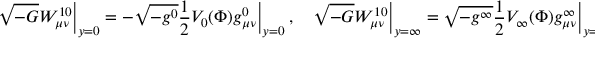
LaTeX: \sqrt { - G } W _ { \mu \nu } ^ { 1 0 } \Big | _ { y = 0 } = - \sqrt { - g ^ { 0 } } \frac { 1 } { 2 } V _ { 0 } ( \Phi ) g _ { \mu \nu } ^ { 0 } \Bigr | _ { y = 0 } \ , \quad \sqrt { - G } W _ { \mu \nu } ^ { 1 0 } \Big | _ { y = \infty } = \sqrt { - g ^ { \infty } } \frac { 1 } { 2 } V _ { \infty } ( \Phi ) g _ { \mu \nu } ^ { \infty } \Bigr | _ { y = \infty } \ .